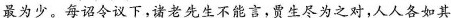
最为少 每\underset{·}{诏}\underset{·}{令}议下，诸老先生不能言，贾生尽为之对，人人各如其